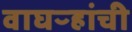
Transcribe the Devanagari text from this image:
वाघऱ्‍हांची